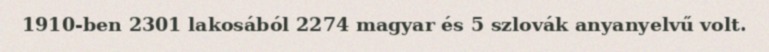
1910-ben 2301 lakosából 2274 magyar és 5 szlovák anyanyelvű volt.